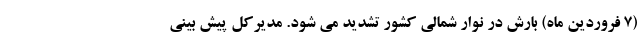
(۷ فروردین ماه) بارش در نوار شمالی کشور تشدید می شود. مدیرکل پیش بینی